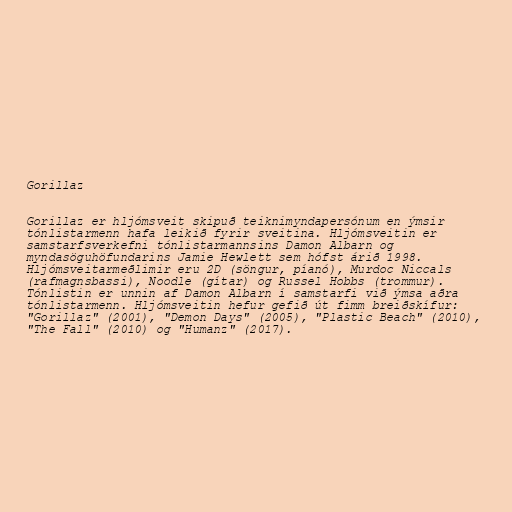
Gorillaz

Gorillaz er hljómsveit skipuð teiknimyndapersónum en ýmsir
tónlistarmenn hafa leikið fyrir sveitina. Hljómsveitin er
samstarfsverkefni tónlistarmannsins Damon Albarn og
myndasöguhöfundarins Jamie Hewlett sem hófst árið 1998.
Hljómsveitarmeðlimir eru 2D (söngur, píanó), Murdoc Niccals
(rafmagnsbassi), Noodle (gítar) og Russel Hobbs (trommur).
Tónlistin er unnin af Damon Albarn í samstarfi við ýmsa aðra
tónlistarmenn. Hljómsveitin hefur gefið út fimm breiðskífur:
"Gorillaz" (2001), "Demon Days" (2005), "Plastic Beach" (2010),
"The Fall" (2010) og "Humanz" (2017).